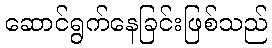
ဆောင်ရွက်နေခြင်းဖြစ်သည်